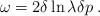
LaTeX: \begin{align*}\omega=2\delta\ln\lambda\delta p\; .\end{align*}